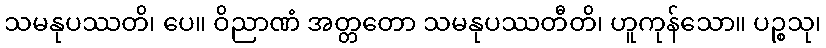
သမနုပဿတိ၊ ပေ။ ဝိညာဏံ အတ္တတော သမနုပဿတီတိ၊ ဟူကုန်သော။ ပဉ္စသု၊